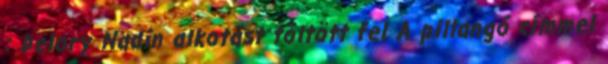
: Delory Nadin alkotást töltött fel A pillangó címmel